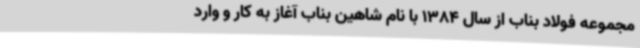
مجموعه فولاد بناب از سال 1384 با نام شاهین بناب آغاز به کار و وارد